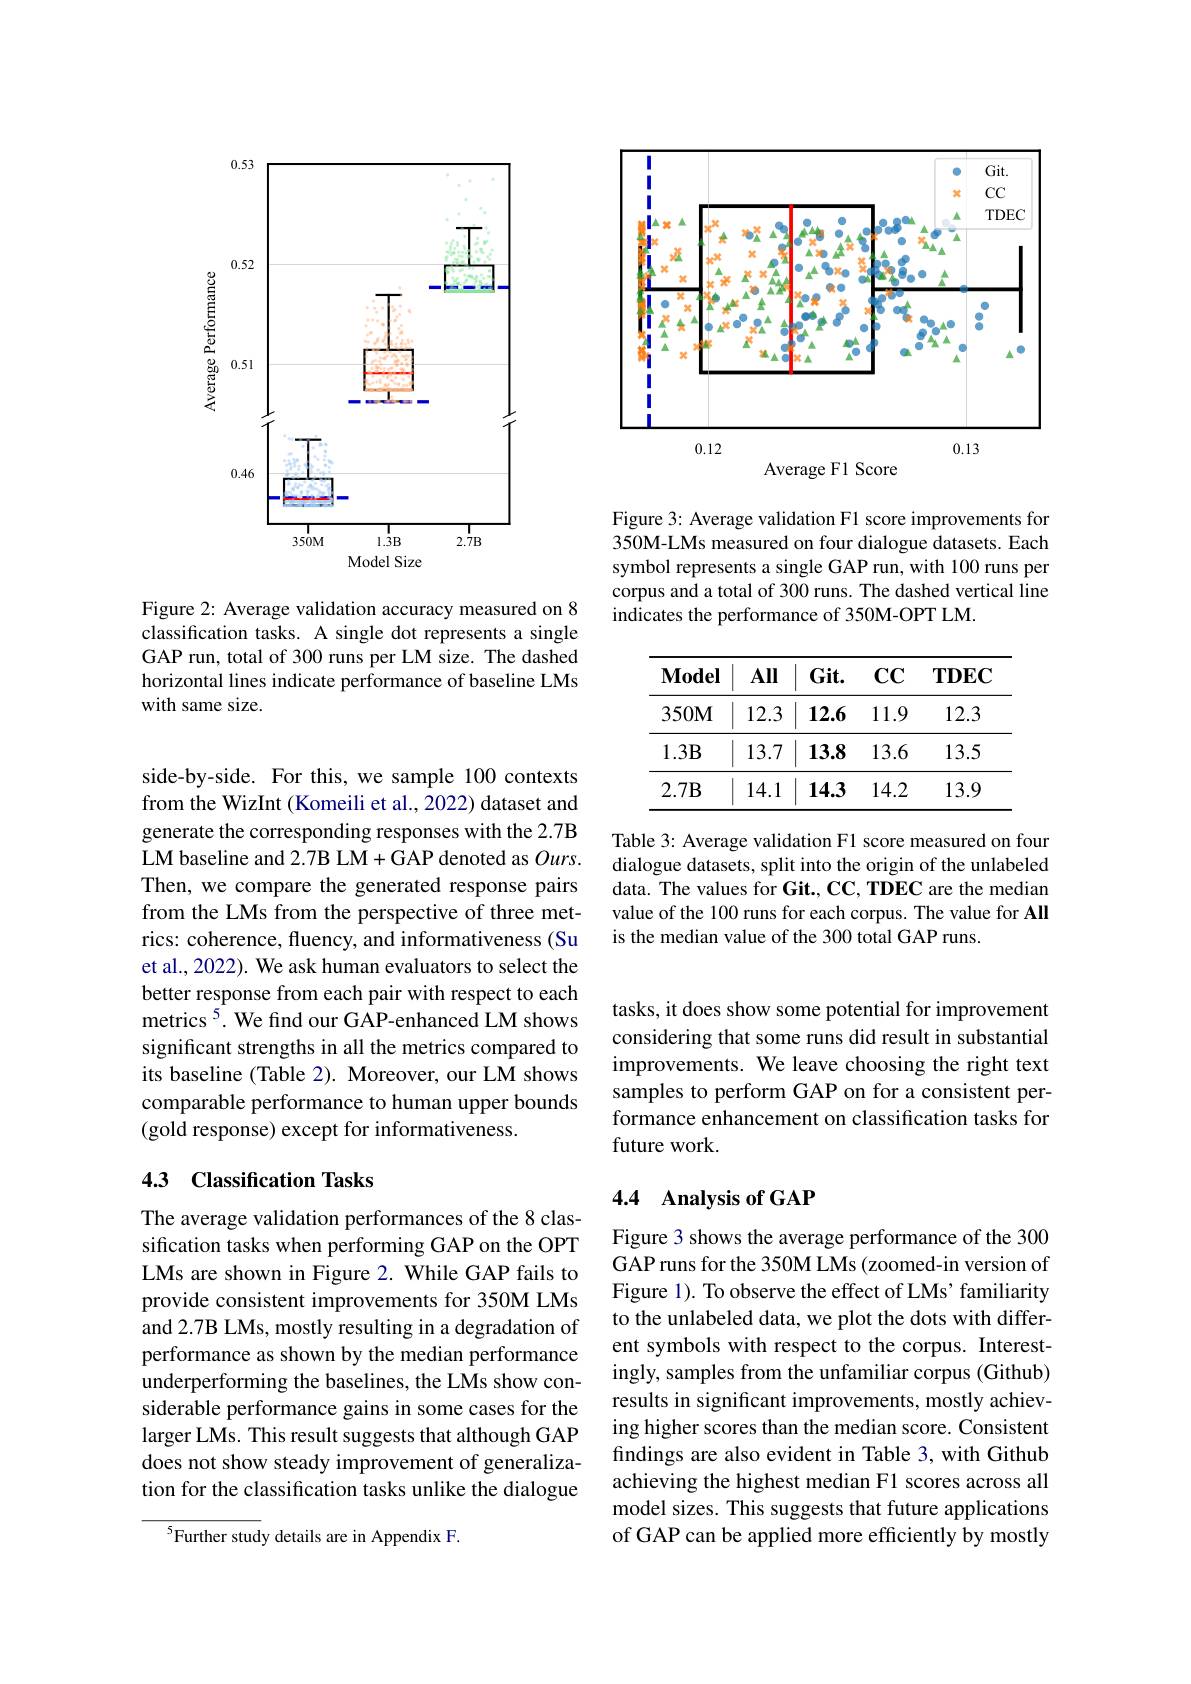
<FigureHere>

Figure 2: Average validation accuracy measured on 8 classification tasks. A single dot represents a single GAP run, total of 300 runs per LM size. The dashed horizontal lines indicate performance of baseline LMs with same size.

<FigureHere>

Figure 3: Average validation F1 score improvements for 350M-LMs measured on four dialogue datasets. Each symbol represents a single GAP run, with 100 runs per corpus and a total of 300 runs. The dashed vertical line indicates the performance of 350M-OPT LM.

<table>
	<tbody>
		<tr>
			<th>$\mathbf{Model}$</th>
			<th>All</th>
			<th>$\mathbf{Git}.$</th>
			<th>$\mathbf{CC}$</th>
			<th>$\mathbf{TDEC}$</th>
		</tr>
		<tr>
			<td>$350M$</td>
			<td>12.3</td>
			<td>12.6</td>
			<td>11.9</td>
			<td>12.3</td>
		</tr>
		<tr>
			<td>$1.3\mathbf{B}$</td>
			<td>13.7</td>
			<td>13.8</td>
			<td>13.6</td>
			<td>13.5</td>
		</tr>
		<tr>
			<td>$2.7\mathbf{B}$</td>
			<td>14.1</td>
			<td>14.3</td>
			<td>14.2</td>
			<td>13.9</td>
		</tr>
	</tbody>
</table>

Table 3: Average validation F1 score measured on four dialogue datasets, split into the origin of the unlabeled data. The values for Git., CC, TDEC are the median value of the 100 runs for each corpus. The value for All is the median value of the 300 total GAP runs.

side-by-side. For this, we sample 100 contexts from the WizInt (Komeili et al., 2022) dataset and generate the corresponding responses with the 2.7B LM baseline and 2.7B LM+GAP denoted as $Ours.$ Then, we compare the generated response pairs from the LMs from the perspective of three metrics: coherence, fluency, and informativeness (Su et al., 2022). We ask human evaluators to select the better response from each pair with respect to each metrics $^{5}$. We find our GAP-enhanced LM shows significant strengths in all the metrics compared to its baseline (Table 2). Moreover, our LM shows comparable performance to human upper bounds (gold response) except for informativeness.

## 4.3 Classification Tasks

The average validation performances of the 8 classification tasks when performing GAP on the OPT LMs are shown in Figure 2. While GAP fails to provide consistent improvements for 350M LMs and 2.7B LMs, mostly resulting in a degradation of performance as shown by the median performance underperforming the baselines, the LMs show considerable performance gains in some cases for the larger LMs. This result suggests that although GAP does not show steady improvement of generalization for the classification tasks unlike the dialogue

$^{5}$Further study details are in Appendix F.

tasks, it does show some potential for improvement considering that some runs did result in substantial improvements. We leave choosing the right text samples to perform GAP on for a consistent performance enhancement on classification tasks for future work.

## 4.4 $\textbf{Analysis of GAP}$

Figure 3 shows the average performance of the 300 GAP runs for the 350M LMs (zoomed-in version of Figure 1). To observe the effect of LMs' familiarity to the unlabeled data, we plot the dots with different symbols with respect to the corpus. Interestingly, samples from the unfamiliar corpus (Github) results in significant improvements, mostly achieving higher scores than the median score. Consistent findings are also evident in Table 3, with Github achieving the highest median F1 scores across all model sizes. This suggests that future applications of GAP can be applied more efficiently by mostly